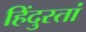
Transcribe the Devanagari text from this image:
हिंदुस्तां